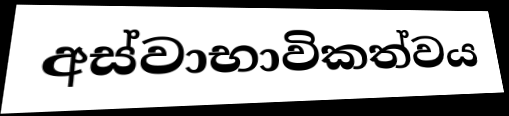
අස්වාභාවිකත්වය